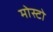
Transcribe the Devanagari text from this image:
मोस्टो